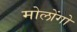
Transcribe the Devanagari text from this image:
मोलोंगो